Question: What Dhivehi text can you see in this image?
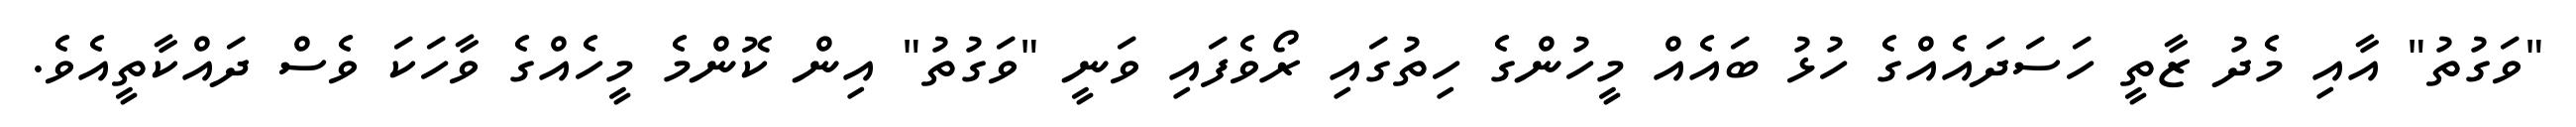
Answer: "ވަގުތު" އާއި މެދު ޒާތީ ހަސަދައެއްގެ ހުޅު ބައެއް މީހުންގެ ހިތުގައި ރޯވެފައި ވަނީ "ވަގުތު" އިން ކޮންމެ މީހެއްގެ ވާހަކަ ވެސް ދައްކާތީއެވެ.